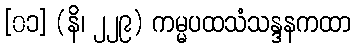
[၀၁] (နိ၊ ၂၂၉) ကမ္မပထသံသန္ဒနကထာ